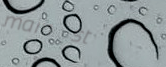
main st